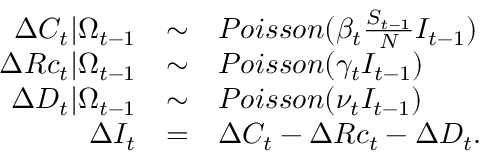
\begin{array} { r c l } { \Delta C _ { t } | \Omega _ { t - 1 } } & { \sim } & { P o i s s o n ( \beta _ { t } \frac { S _ { t - 1 } } { N } I _ { t - 1 } ) } \\ { \Delta R c _ { t } | \Omega _ { t - 1 } } & { \sim } & { P o i s s o n ( \gamma _ { t } I _ { t - 1 } ) } \\ { \Delta D _ { t } | \Omega _ { t - 1 } } & { \sim } & { P o i s s o n ( \nu _ { t } I _ { t - 1 } ) } \\ { \Delta I _ { t } } & { = } & { \Delta C _ { t } - \Delta R c _ { t } - \Delta D _ { t } . } \end{array}